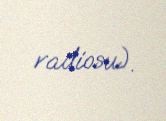
radiosu).